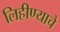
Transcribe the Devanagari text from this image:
लिहीण्याचे